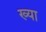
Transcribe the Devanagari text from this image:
ख्या